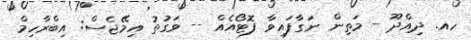
ހއ. ދިއްދޫ - މަތިން ނަގާފައިވާ ފޮޓޯއެއް -- ވަގުތު އިމޭޖެސް: އިބްރާހިމް